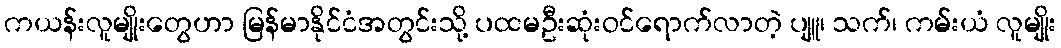
ကယန်းလူမျိုးတွေဟာ မြန်မာနိုင်ငံအတွင်းသို့ ပထမဦးဆုံးဝင်ရောက်လာတဲ့ ပျူ၊ သက်၊ ကမ်းယံ လူမျိုး